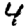
Digit: 4